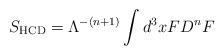
LaTeX: \begin{align*}S_{\rm HCD}={\Lambda^{-(n+1)}}\int d^3x FD^{n}F\end{align*}